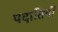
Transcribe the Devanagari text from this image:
पदातियों